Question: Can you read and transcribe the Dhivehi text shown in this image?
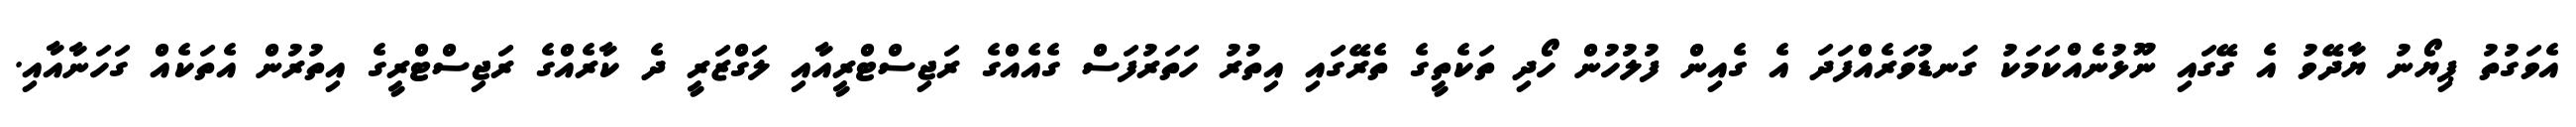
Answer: އެވަގުތު ޕިޔޯނު ޔާދޭވު އެ ގޭގައި ނޫޅުނެއްކަމަކު ގަނޑުވަރެއްފަދަ އެ ގެއިން ފުލުހުން ހޯދި ތަކެތީގެ ތެރޭގައި އިތުރު ހަތަރުފަސް ގެއެއްގެ ރަޖިސްޓްރީއާއި ލަގްޒަރީ ދެ ކާރެއްގެ ރަޖިސްޓްރީގެ އިތުރުން އެތަކެއް ގަހަނާއާއި.